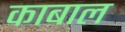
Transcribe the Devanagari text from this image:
काबाल